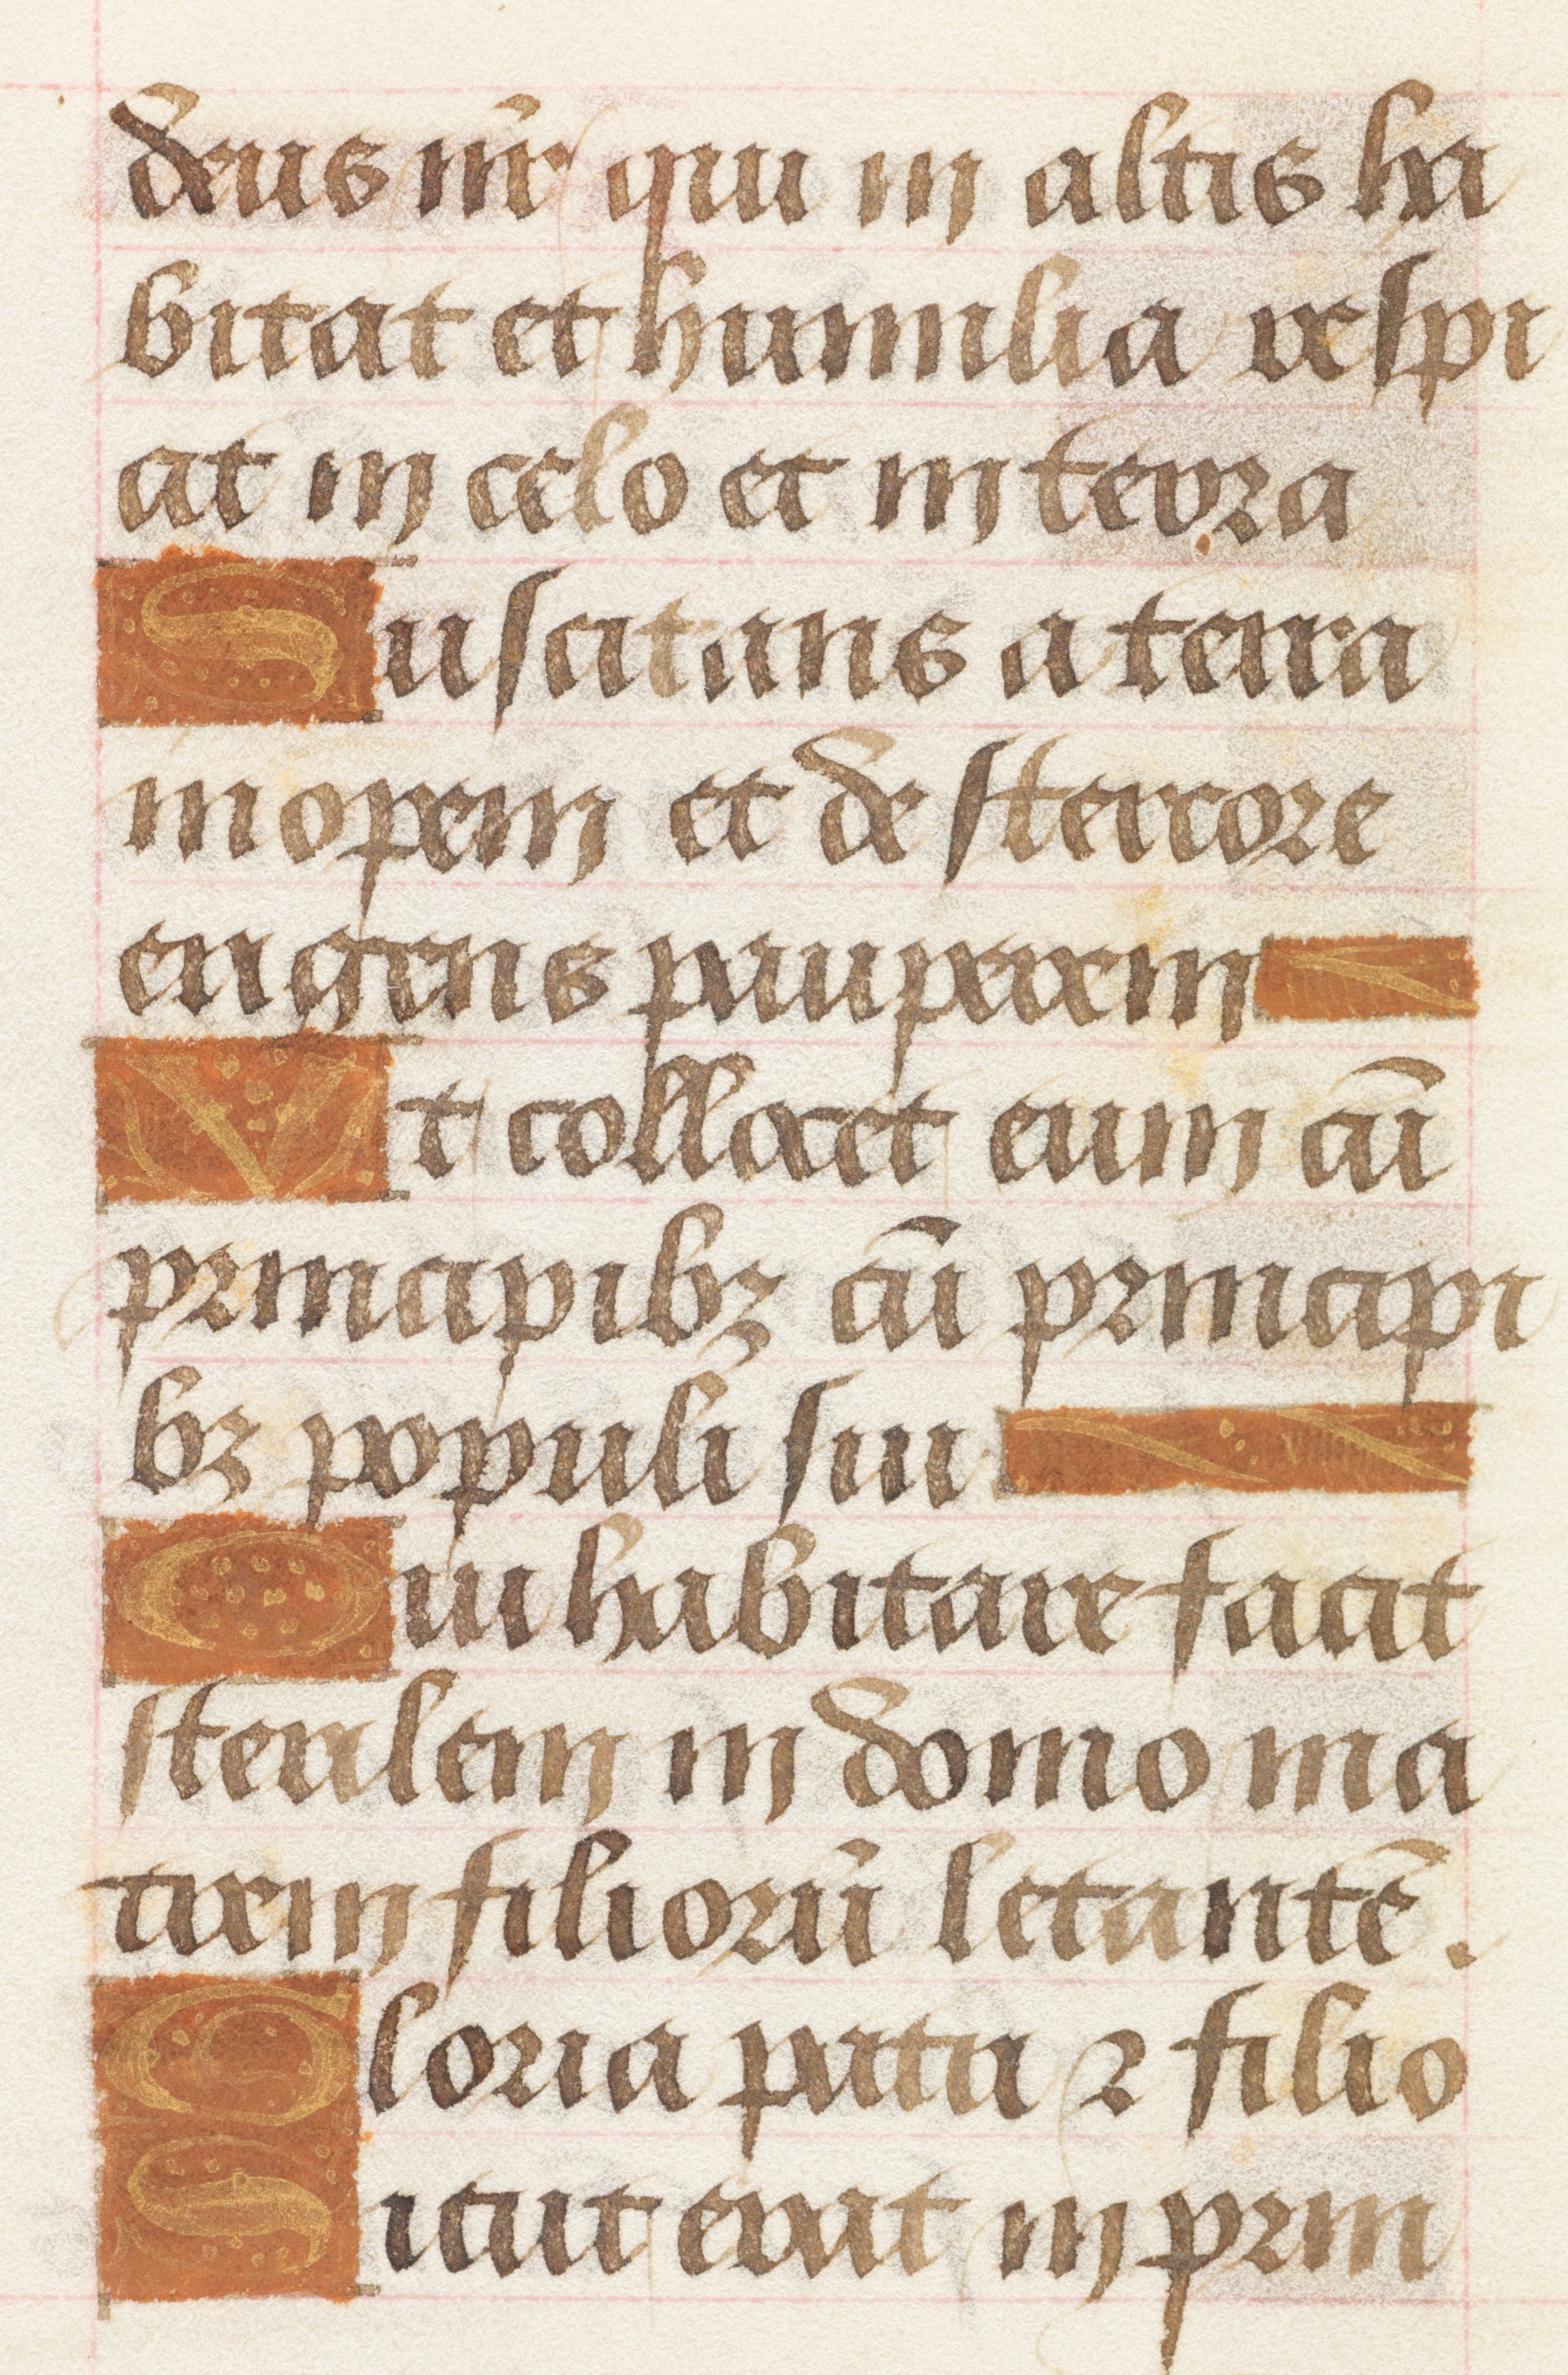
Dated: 1450–1499